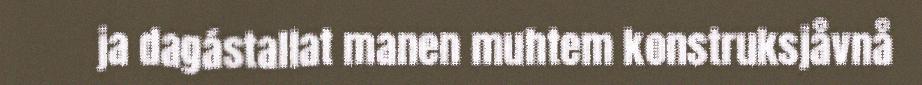
ja dagástallat manen muhtem konstruksjåvnå